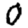
Digit: 0